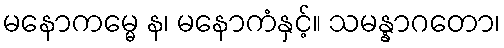
မနောကမ္မေ န၊ မနောကံနှင့်။ သမန္နာဂတော၊